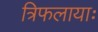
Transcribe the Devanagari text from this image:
त्रिफलायाः